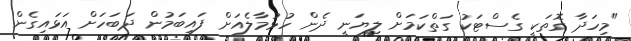
"މިހަދާ ގޮތަކީ ގެސްޓަކު ގަތްކަމަށް ލިޔަނީ ދެން ހުޅުމާލެއަށް ފައިބަމުން ދަބަހަށް އަޅައިގެން